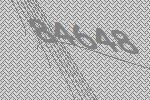
84648